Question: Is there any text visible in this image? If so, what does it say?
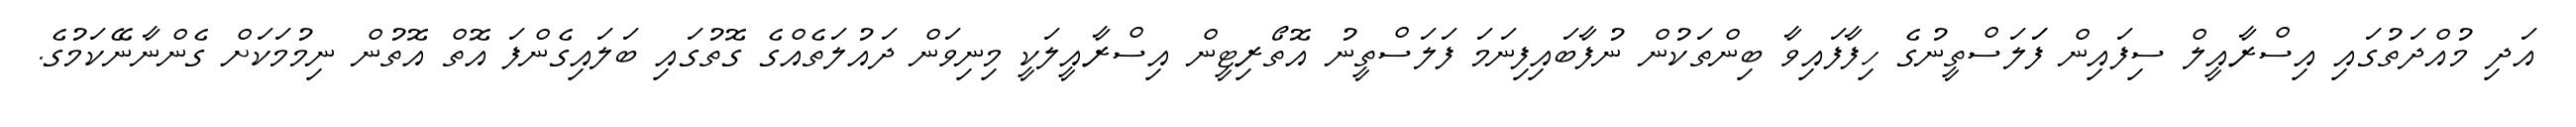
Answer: އަދި މުއްދަތުގައި އިސްރާއީލް ސިފައިން ފަަލަސްތީނުގެ ހިފާފައިވާ ބިންތަކުން ނުފާބައިފިނަމަ ފަލަސްތީނު އޮތޯރިޓީން އިސްރާއީލަކީ މިނިވަން ދައުލަތެއްގެ ގޮތުގައި ބަލައިގެންފަ އޮތް އޮތުން ނިމުމަކަށް ގެންނާނޭކަމުގެ.